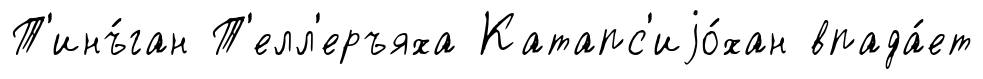
Т'инъ́ган Т'елл'еръяха Катапс'иjо́хан впада́ет